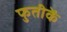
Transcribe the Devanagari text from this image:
फुतीकें